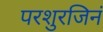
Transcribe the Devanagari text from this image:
परशुरजिनं